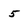
Character: 5